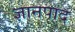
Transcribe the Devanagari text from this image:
ज्ञानपाद